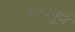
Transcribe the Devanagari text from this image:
मत्त्वपूर्र्ण